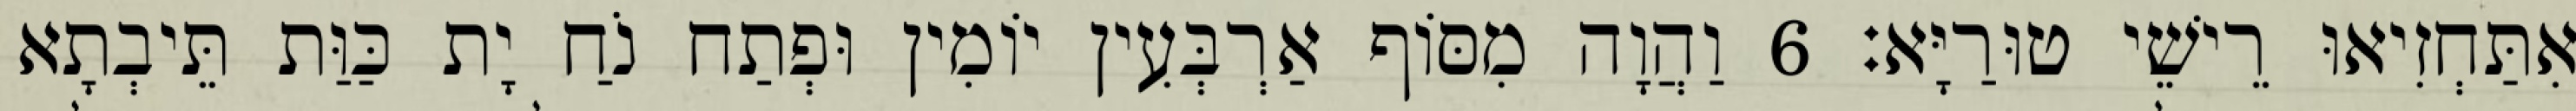
אִתַּחְזִיאוּ רֵישֵׁי טוּרַיָּא׃ 6 וַהֲוָה מִסּוֹף אַרְבְּעִין יוֹמִין וּפְתַח נֹחַ יָת כַּוַּת תֵּיבְתָא